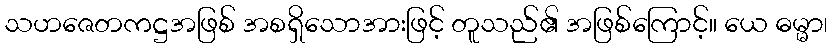
သဟဇေတကဋ္ဌအဖြစ် အစရှိသောအားဖြင့် တူသည်၏ အဖြစ်ကြောင့်။ ယေ ဓမ္မာ၊